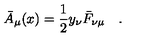
\bar { A } _ { \mu } ( x ) = { \frac { 1 } { 2 } } y _ { \nu } \bar { F } _ { \nu \mu } \quad . \,